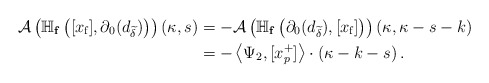
\begin{align*} \mathcal{A}\left(\mathbb{H}_{\mathbf{f}}\left([x_{\textup{f}}],\partial_0(d_{\widetilde\delta})\right)\right)(\kappa,s)&=-\mathcal{A}\left(\mathbb{H}_{\mathbf{f}}\left(\partial_0(d_{\widetilde\delta}),[x_{\textup{f}}]\right)\right)(\kappa,\kappa-s-k)\\&=-\left\langle\Psi_2,[x_p^+] \right\rangle\cdot(\kappa-k-s)\,.\end{align*}